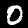
Label: 0